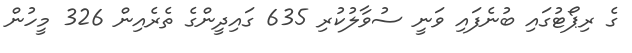
ގެ ރިޕޯޓުގައި ބުނެފައި ވަނީ ސުވާލުކުރި 635 ގައިދީންގެ ތެރެއިން 326 މީހުން